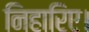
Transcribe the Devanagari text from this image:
निहारिए।